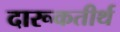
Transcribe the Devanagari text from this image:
दारूकतीर्थ